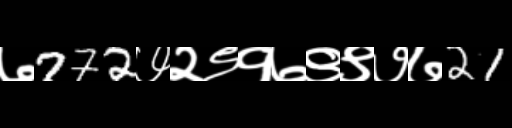
Text: ७772७२९१७९९७७21